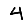
Digit: 4